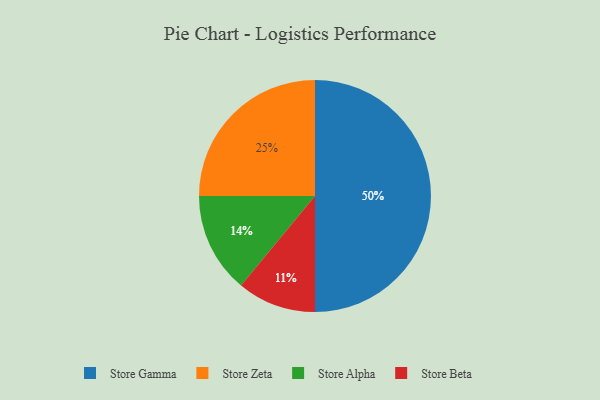
{"axis": {"x": "Category", "y": "Percentage"}, "legend": ["Store Alpha", "Store Beta", "Store Gamma", "Store Zeta"], "data": [{"x": "Store Gamma", "y": 50, "type": "Store Gamma"}, {"x": "Store Beta", "y": 11, "type": "Store Beta"}, {"x": "Store Zeta", "y": 25, "type": "Store Zeta"}, {"x": "Store Alpha", "y": 14, "type": "Store Alpha"}]}